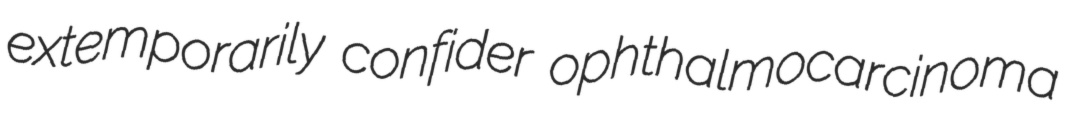
extemporarily confider ophthalmocarcinoma